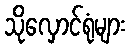
သိုလှောင်ရုံများ